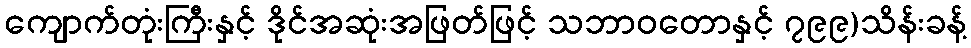
ကျောက်တုံးကြီးနှင့် ဒိုင်အဆုံးအဖြတ်ဖြင့် သဘာဝတောနှင့် ၇၉၉)သိန်းခန့်